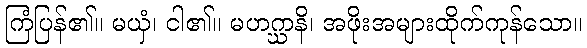
ကြံပြန်၏။ မယှံ၊ ငါ၏။ မဟဂ္ဃာနိ၊ အဖိုးအများထိုက်ကုန်သော။